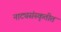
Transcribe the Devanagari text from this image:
नाट्यसंस्कृतीत